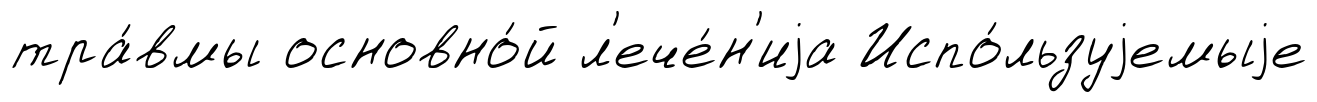
тра́вмы основно́й л'ече́н'иjа Испо́льзуjемыjе